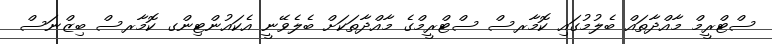
ސްޓްރީމް މާއްދާތައް ބެލުމުގައި ކޮމާރސް ސްޓްރީމްގެ މާއްދާތަކަށް ބެލެވޭނީ އެކައުންޓިންގ ކޮމާރސް ބިޒްނަސް